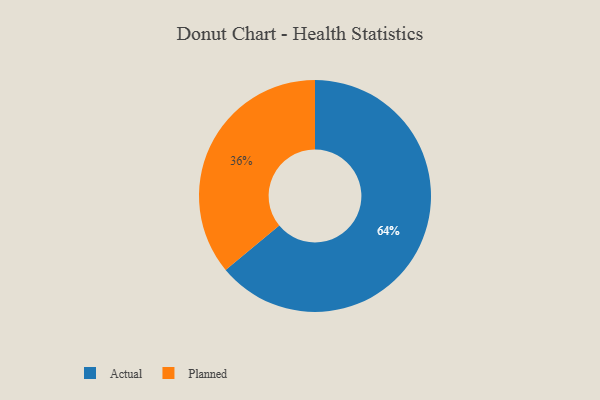
{"axis": {"x": "Category", "y": "Percentage"}, "legend": ["Actual", "Planned"], "data": [{"x": "Actual", "y": 64, "type": "Actual"}, {"x": "Planned", "y": 36, "type": "Planned"}]}